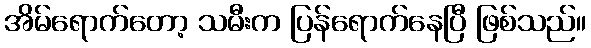
အိမ်ရောက်တော့ သမီးက ပြန်ရောက်နေပြီ ဖြစ်သည်။